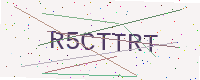
Text: R5CTTRT